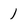
Character: 1